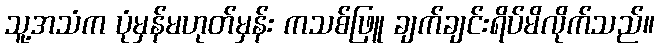
သူ့အသံက ပုံမှန်မဟုတ်မှန်း ကသစ်ဖြူ ချက်ချင်းရိပ်မိလိုက်သည်။